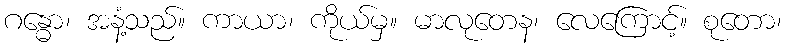
ဂန္ဓော၊ အနံ့သည်။ ကာယာ၊ ကိုယ်မှ။ မာလုတေန၊ လေကြောင့်။ စုတော၊